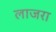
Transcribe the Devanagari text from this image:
लाजरा